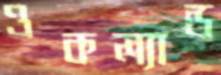
ওকল্যান্ড